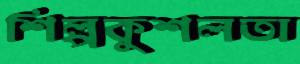
শিল্পকুশলতা